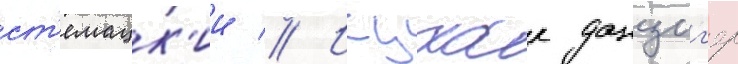
ст'емацк'ии // Ицхак данциг'ер